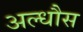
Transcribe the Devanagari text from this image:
अल्धौस